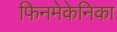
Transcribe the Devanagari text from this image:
फिनमेकेनिका